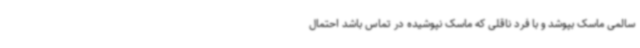
سالمی ماسک بپوشد و با فرد ناقلی که ماسک نپوشیده در تماس باشد احتمال